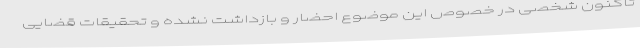
تاکنون شخصی در خصوص این موضوع احضار و بازداشت نشده و تحقیقات قضایی